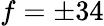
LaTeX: f=\pm 34